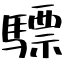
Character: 驃